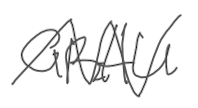
Text: GRAU
Cross-out: zig-zag
Writing tool: digital_gray